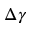
\Delta \gamma